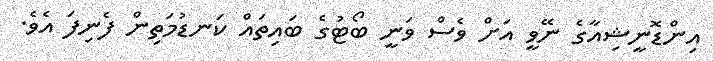
އިންޑޮނީޝިއާގެ ނޭވީ އަށް ވެސް ވަނީ ބޯޓުގެ ބައިތައް ކަނޑުމަތިން ފެނިފަ އެވެ.